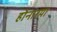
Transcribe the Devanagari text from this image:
होनारया